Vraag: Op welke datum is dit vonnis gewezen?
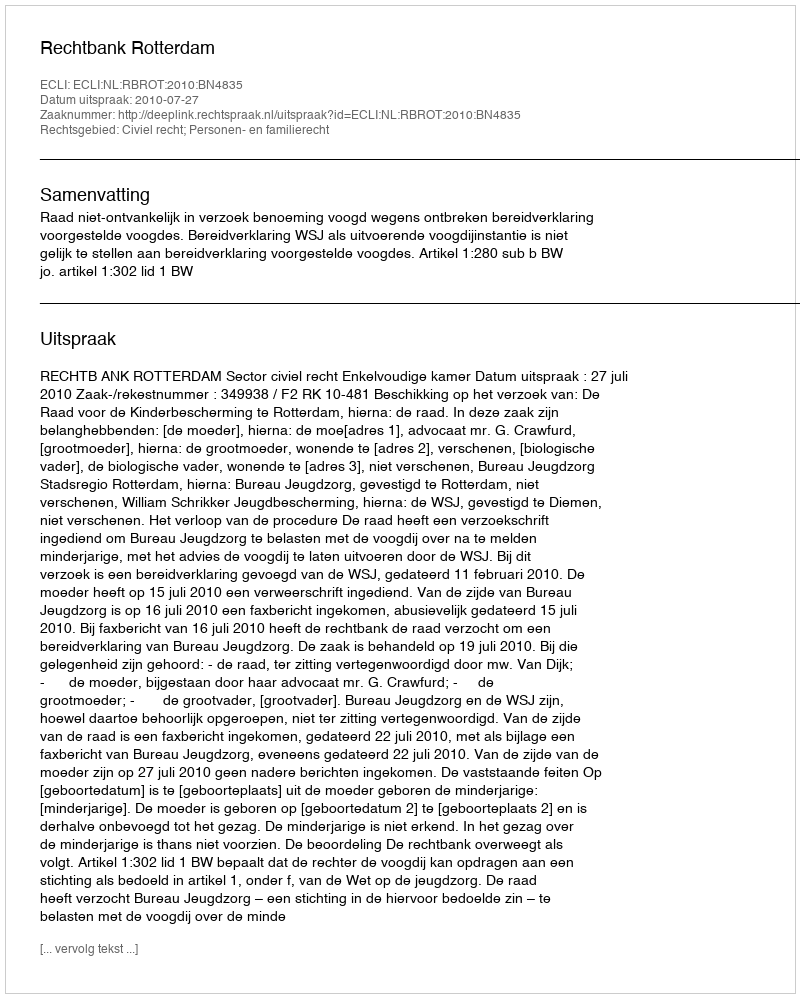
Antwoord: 2010-07-27